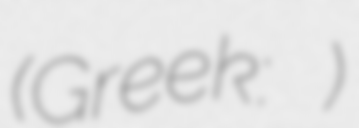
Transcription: (Greek: βεστήτωρ)